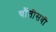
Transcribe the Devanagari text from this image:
चौंतीसवी